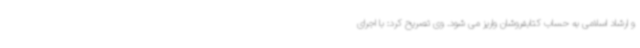
و ارشاد اسلامی به حساب کتابفروشان واریز می شود. وی تصریح کرد: با اجرای